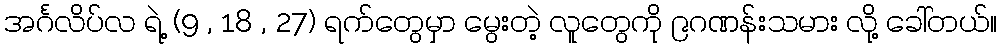
အင်္ဂလိပ်လ ရဲ့ (9 , 18 , 27) ရက်တွေမှာ မွေးတဲ့ လူတွေကို ၉ဂဏန်းသမား လို့ ခေါ်တယ်။